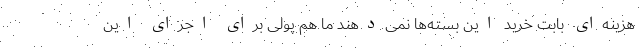
هزینه‌ای بابت خرید این بسته‌ها نمی‌دهند ما هم پولی برای اجرای این